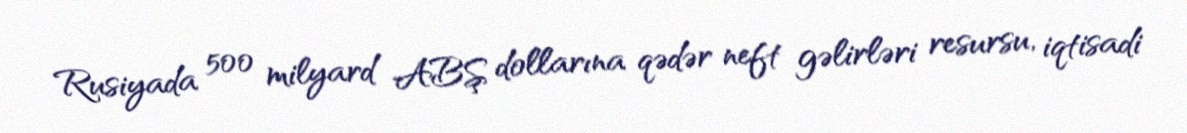
Rusiyada 500 milyard ABŞ dollarına qədər neft gəlirləri resursu, iqtisadi